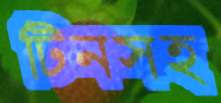
টিনসহ